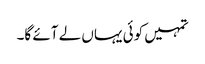
تمہیں کوئی یہاں لے آئے گا۔